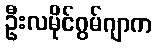
ဦးလမိုင်ဂွမ်ဂျာက